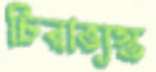
চিরাভ্যস্ত